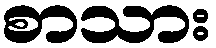
စာသား